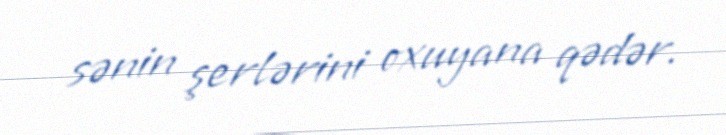
sənin şerlərini oxuyana qədər.